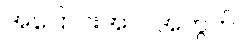
အပြောင်းအလဲအတွက်